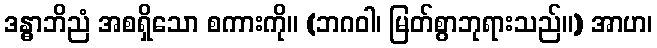
ဒန္ဓာဘိညံ အစရှိသော စကားကို။ (ဘဂဝါ၊ မြတ်စွာဘုရားသည်။) အာဟ၊